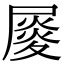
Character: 𡳉